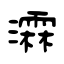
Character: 瀮